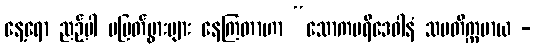
နေ့ရော ညဉ့်ပါ မပြတ်ပွားများ နေကြတာဟာ “သောကပရိဒေဝါနံ သမတိက္ကမာယ -